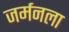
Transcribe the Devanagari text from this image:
जर्मनला